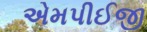
એમપીઈજી